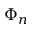
\Phi _ { n }